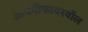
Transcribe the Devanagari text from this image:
आयपीफायरवॉल